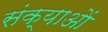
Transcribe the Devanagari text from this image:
संक्याओं